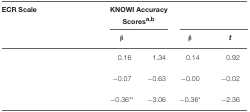
<table><thead><tr><td><b>ECR Scale</b></td><td colspan="2"><b>KNOWI Accuracy Scores<sup>a</sup><sup>,</sup><sup>b</sup></b></td><td colspan="2">[EMPTY_CELL]</td></tr><tr><td>[EMPTY_CELL]</td><td><b>β</b></td><td>[EMPTY_CELL]</td><td><b>β</b></td><td><b><i>t</i></b></td></tr></thead><tbody><tr><td>[EMPTY_CELL]</td><td>0.16</td><td>1.34</td><td>0.14</td><td>0.92</td></tr><tr><td>[EMPTY_CELL]</td><td>−0.07</td><td>−0.63</td><td>−0.00</td><td>−0.02</td></tr><tr><td>[EMPTY_CELL]</td><td>−0.36<sup>**</sup></td><td>−3.06</td><td>−0.36<sup>*</sup></td><td>−2.36</td></tr></tbody></table>